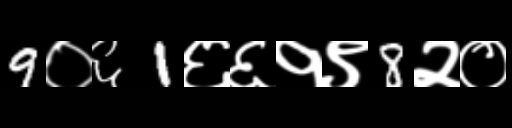
Text: 9०६1६६१९8२०